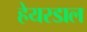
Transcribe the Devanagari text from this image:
हेयरडाल